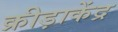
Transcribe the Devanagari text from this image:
क्रीड़ाकेंद्र